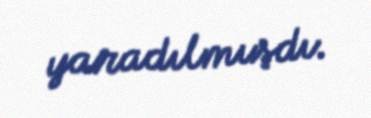
yaradılmışdı.